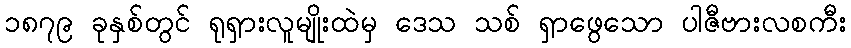
၁၈၇၉ ခုနှစ်တွင် ရုရှားလူမျိုးထဲမှ ဒေသ သစ် ရှာဖွေသော ပါဇီဗားလစကီး